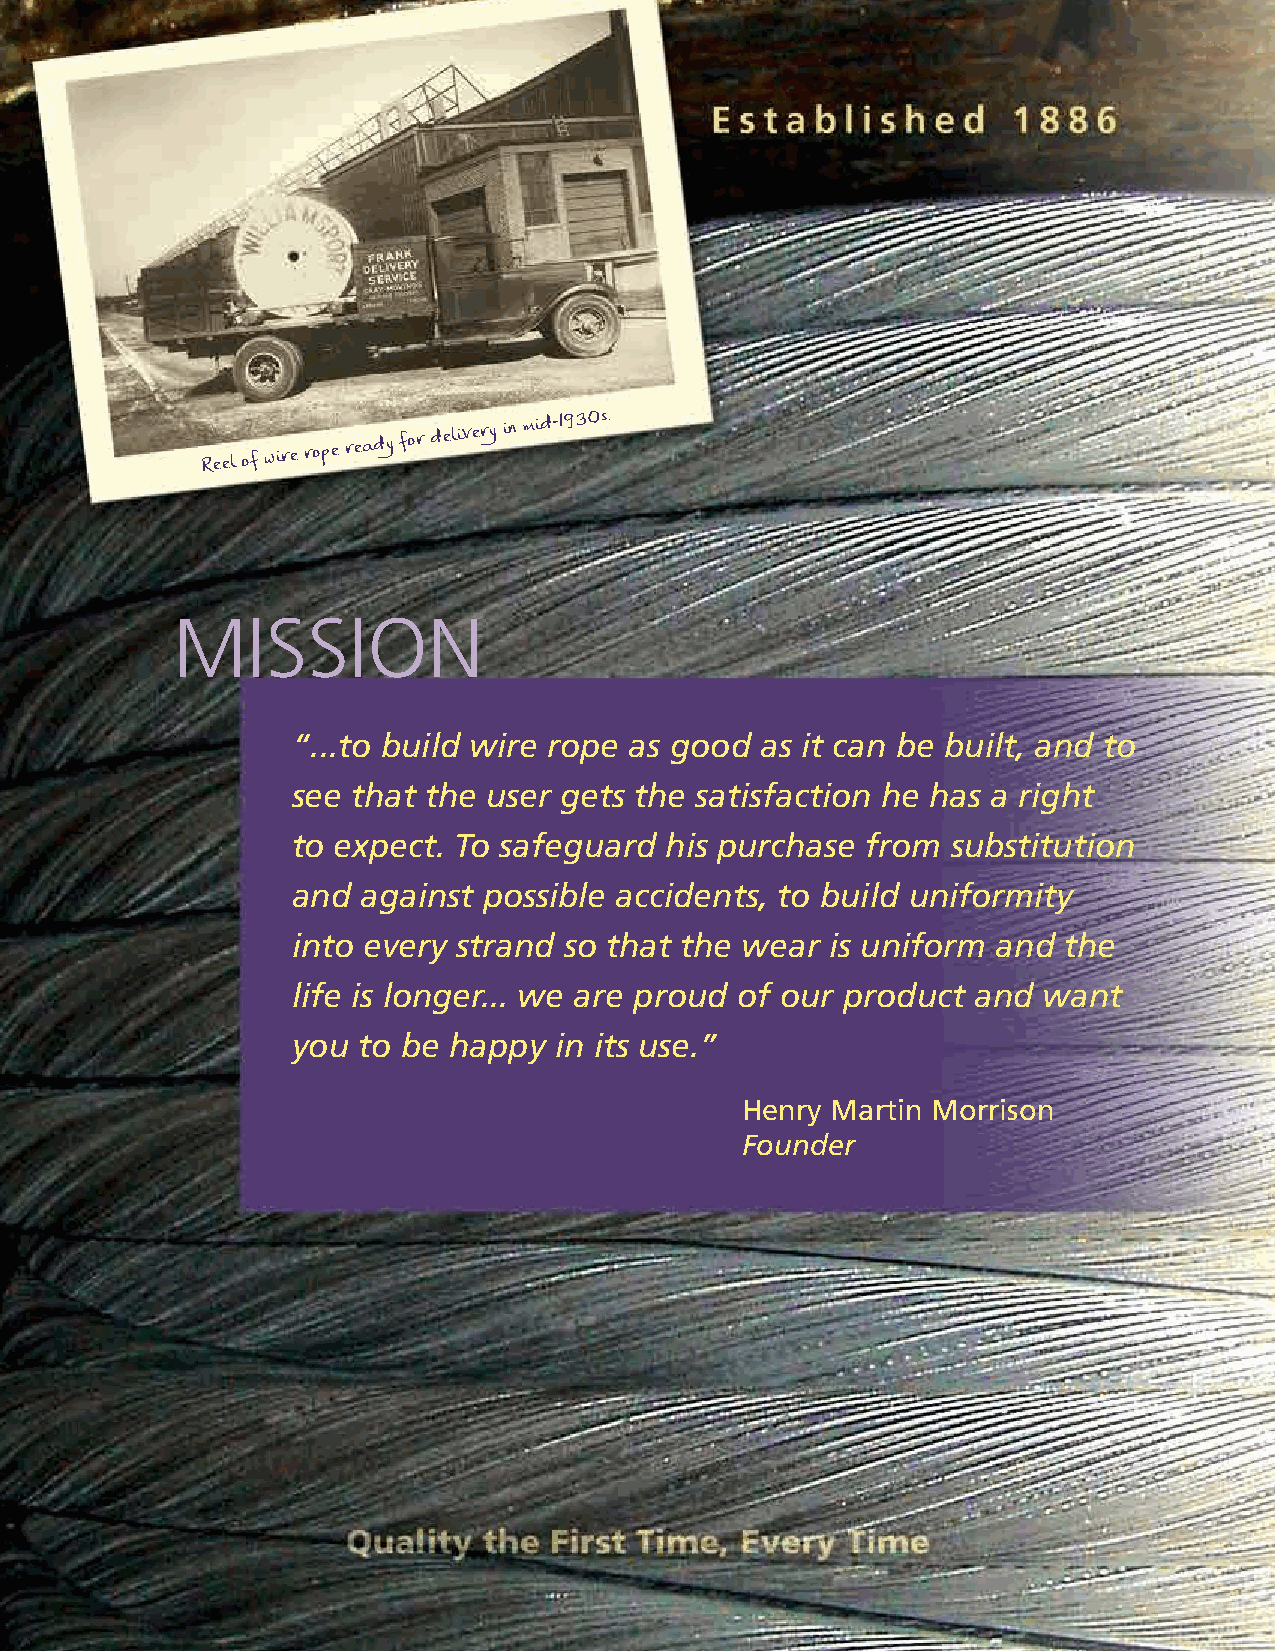
Bethlehem             Wire      Rope®
 Reel of wire rope
 ready for
 delivery in
 mid-1930s.
 MISSION
 “...to build wire rope as good as it can be built, and to
 see that the user gets the satisfaction he has a right
 to expect. To safeguard  his purchase from  substitution
 and  against possible accidents, to build uniformity
 into every strand so that the wear  is uniform and the
 life is longer... we are proud of our product and want
 you  to be happy  in its use.”
 Henry Martin Morrison
 Founder